King Institute of Preventive Medicine Micro-Biological Section reports 1912-19
Year: 1912
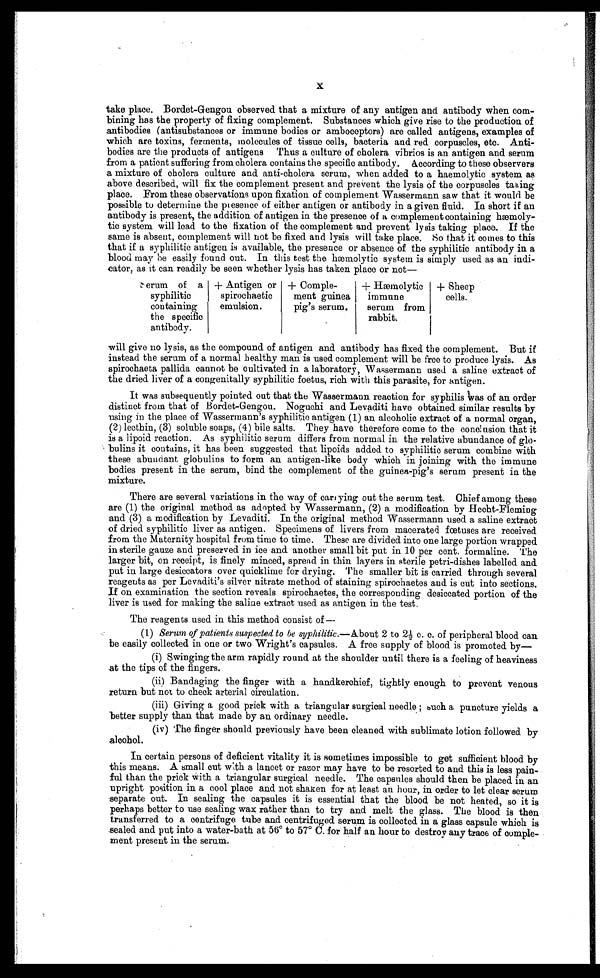
x
take place. Bordet-Gengou observed that a mixture of any antigen and antibody when com-
bining has the property of fixing complement. Substances which give rise to the production of
antibodies (antisubstances or immune bodies or amboceptors) are called antigens, examples of
which are toxins, ferments, molecules of tissue cells, bacteria and red corpuscles, etc. Anti-
bodies are the products of antigens Thus a culture of cholera vibrios is an antigen and serum
from a patient suffering from cholera contains the specific antibody. According to these observers
a mixture of cholera culture and anti-cholera serum, when added to a haemolytic system as
above described, will fix the complement present and prevent the lysis of the corpuscles taking
place. From these observations upon fixation of complement Wassermann saw that it would be
possible to determine the presence of either antigen or antibody in a given fluid. In short if an
antibody is present, the addition of antigen in the presence of a complement containing hæmoly-
tic system will lead to the fixation of the complement and prevent lysis taking place. If the
same is absent, complement will not be fixed and lysis will take place. So that it comes to this
that if a syphilitic antigen is available, the presence or absence of the syphilitic antibody in a
blood may be easily found out. In this test the hæmolytic system is simply used as an indi-
cator, as it can readily be seen whether lysis has taken place or not-
will give no lysis, as the compound of antigen and antibody has fixed the complement. But if
instead the serum of a normal healthy man is used complement will be free to produce lysis. As
spirochaeta pallida cannot be cultivated in a laboratory, Wassermann used a saline extract of
the dried liver of a congenitally syphilitic foetus, rich with this parasite, for antigen.
It was subsequently pointed out that the Wassermann reaction for syphilis was of an order
distinct from that of Bordet-Gengou. Noguchi and Levaditi have obtained similar results by
using in the place of Wassermann's syphilitic antigen (1) an alcoholic extract of a normal organ,
(2) lecthin, (3) soluble soaps, (4) bile salts. They have therefore come to the conclusion that it
is a lipoid. reaction. As syphilitic serum differs from normal in the relative abundance of glo-
bulins it contains, it has been suggested that lipoids added to syphilitic serum combine with
these abundant globulins to form an antigen-like body which in joining with the immune
bodies present in the serum, bind the complement of the guinea-pig's serum present in the
mixture.
There are several variations in the way of carrying out the serum test. Chief among these
are (1) the original method as adopted by Wassermann, (2) a modification by Hecht-Fleming
and (3) a modification by Levaditi. In the original method Wassermann used a saline extract
of dried syphilitic liver as antigen. Specimens of livers from macerated fœtuses are received
from the Maternity hospital from time to time. These are divided into one large portion wrapped
in sterile gauze and preserved in ice and another small bit put in 10 per cent. formaline.
T h e l a r g e r b i t , o n r e c e i p t , i s f i n e l y m i n c e d , s p r e a d i n t h i n l a y e r s i n s t e r i l e p e t r i - d i s h e s l a b e l l e d a n d
put in large desiccators over quicklime for drying. The smaller bit is carried through several
reagents as per Levaditi's silver nitrate method of staining spirochaetes and is cut into sections.
If on examination the section reveals spirochaetes, the corresponding desiccated portion of the
liver is used for making the saline extract used as antigen in the test.
The reagents used in this method consist of
—
(1) Serum of patients suspected to be syphilitic. — About 2 to 2½ c. c. of peripheral blood can
be easily collected in one or two Wright's capsules. A free supply of blood is promoted by-
(i) Swinging the arm rapidly round at the shoulder until there is a feeling of heaviness
at the tips of the fingers.
(ii)
Bandaging the finger with a handkerchief, tightly enough to prevent venous
return but not to check arterial circulation.
(iii)
Giving a good prick with a triangular surgical needle; such a puncture yields a
better supply than that made by an ordinary needle.
(iv)
The finger should previously have been cleaned with sublimate lotion followed by
alcohol.
In certain persons of deficient vitality it is sometimes impossible to get sufficient blood by
this means. A small cut with a lancet or razor may have to be resorted to and this is less pain-
ful than the prick with a triangular surgical needle. The capsules should then be placed in an
upright position in a cool place and not shaken for at least an hour, in order to let clear serum
separate out. In sealing the capsules it is essential that the blood be not heated, so it is
perhaps better to use sealing wax rather than to try and melt the glass. The blood is then
transferred to a centrifuge tube and centrifuged serum is collected in a glass capsule which is
sealed and put into a water-bath at 56° to 57° C. for half an hour to destroy any trace of comple-
ment present in the serum.